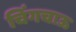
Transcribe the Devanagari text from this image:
चिंगचाऊ